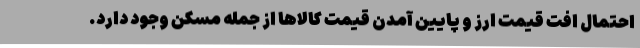
احتمال افت قیمت ارز و پایین آمدن قیمت کالاها از جمله مسکن وجود دارد.